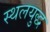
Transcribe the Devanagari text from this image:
स्थलयुद्ध